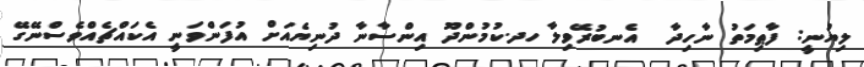
ލިޔުނީ: ފާޠިމަތު ނާހިދާ  އެނބުރޭވިލާ ހދ.ކުމުންދޫ އިންސާނާ ދުނިޔެއަށް އުފަންވަނީ އެކައްޗެއްވެސްނޭގޭ